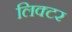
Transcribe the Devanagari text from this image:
लिक्टर